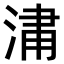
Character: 𣷈